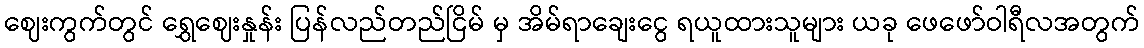
ဈေးကွက်တွင် ရွှေဈေးနှုန်း ပြန်လည်တည်ငြိမ် မှ အိမ်ရာချေးငွေ ရယူထားသူများ ယခု ဖေဖော်ဝါရီလအတွက်